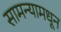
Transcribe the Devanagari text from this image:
सामन्यामधून